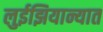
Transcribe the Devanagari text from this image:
लुईझियान्यात